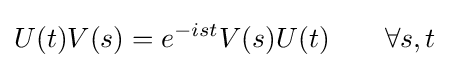
U(t)V(s)=e^{-ist}V(s)U(t)\qquad \forall s,t